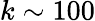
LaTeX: k\sim 100